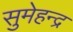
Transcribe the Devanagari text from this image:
सुमेहन्द्र